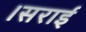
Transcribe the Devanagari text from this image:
।सराई